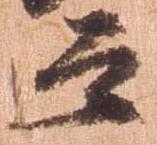
云